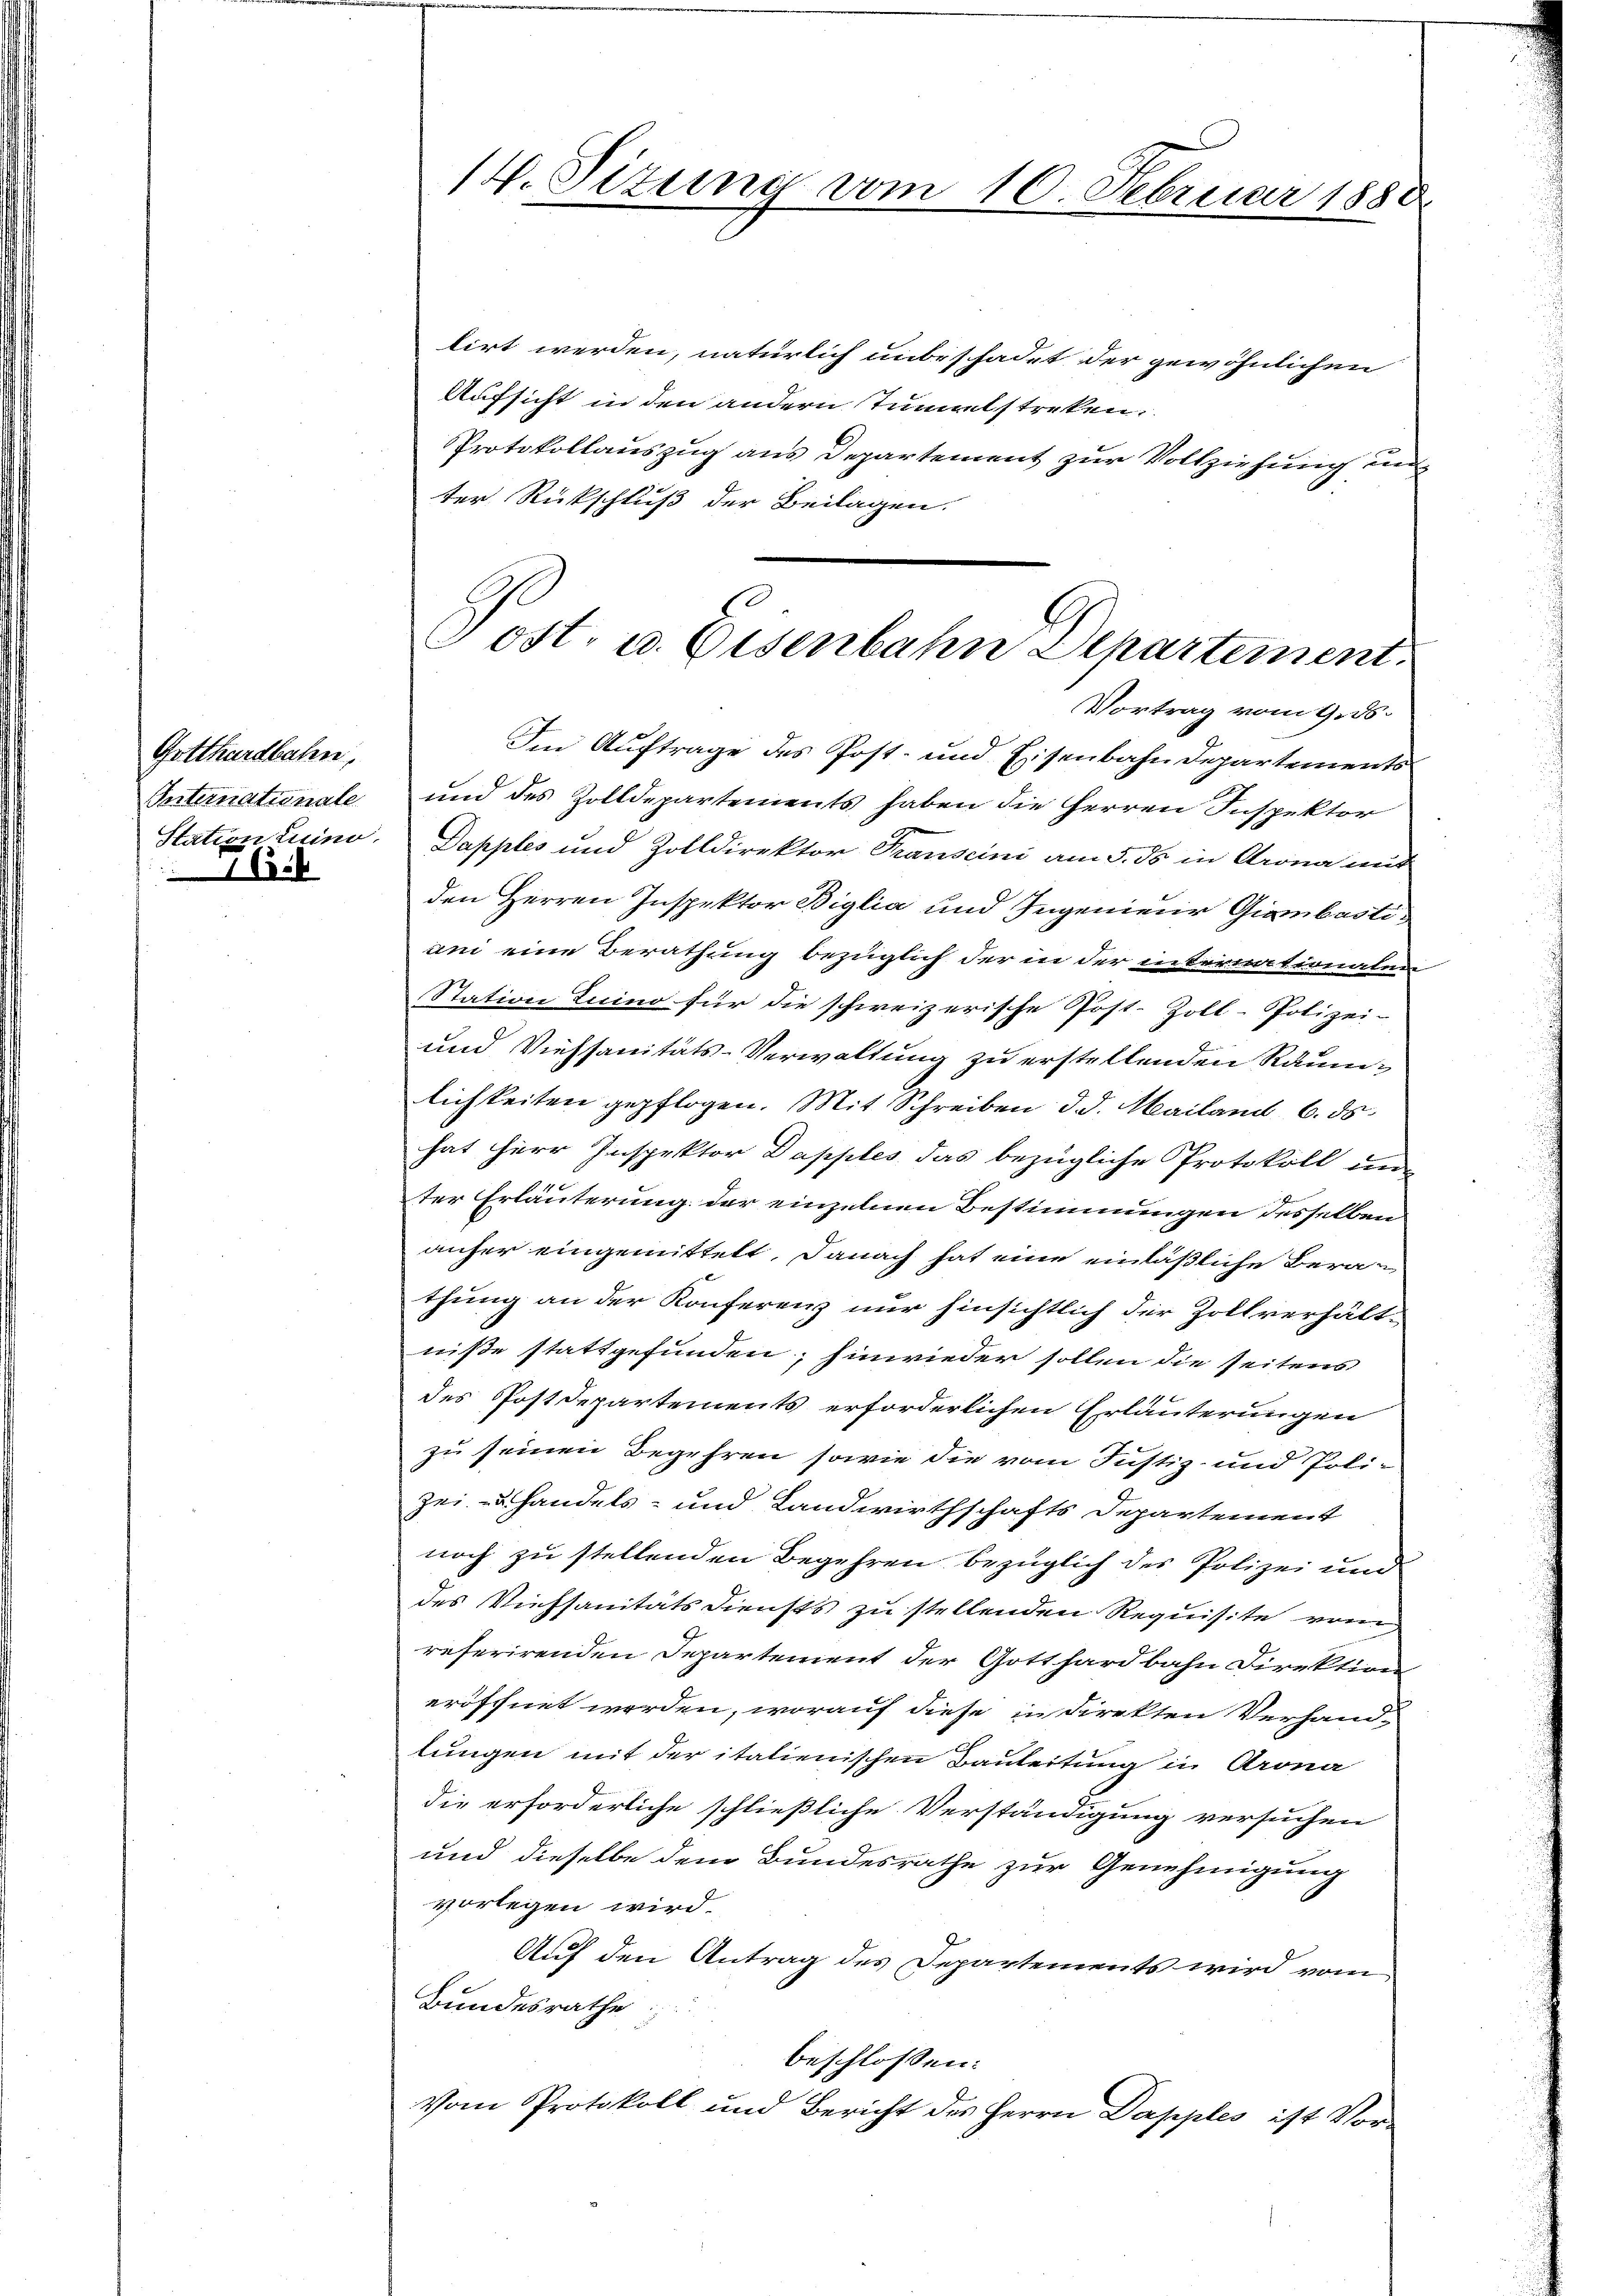
Gotthardbahn,
Internatinale.
C.4

lirt werden, natürlich unbeschadet der gewöhnlichen
Aufsicht in den andern Tunnelstreken.
Protokollauszug aus Departement zur Vollziehung un
ter Rückschluß der Beilagen.

14. Situng vom 10. Februar 1880

8.
Tost. u. Eisenbahn Departement.

Vortrag vom 9. ds.
Im Auftrage des Post- und Eisenbahn Departements
und des Zolldepartements haben die Herren Inspektor
Station Luino. Dapples und Zolldirektor Transcini am 5. ds in Krona mit
den Herren Inspektor Biglia und Ingenieur Giambastiani eine Berathung bezüglich der in der internationalen
Station Luino für die schweizerische Post-Zoll-Polizei-
und Viehsanitäts-Verwaltung zu erstellenden Räumlichkeiten gepflogen. Mit Schreiben d. d. Mailand 6. ds.
hat Herr Inspektor Dapples das bezügliche Protokoll un
ter Erläuterung der einzelnen Bestimmungen desselben
anher eingemittelt. Danach hat eine einläßliche Beranthung an der Konferenz nur hinsichtlich der Zollverhält-
niße stattgefunden; hinwieder sollen die seitens
des Postdepartements erforderlichen Erläuterungen
zu seinen Begehren sowie die vom Justiz- und Poli-
zei zu handels- und Landwirthschafts Departement
noch zu stellenden Begehren bezüglich des Polizei und
des Viehsanitäts Diensts zu stellenden Requisite vom
referirenden Departement der Gotthardbahn Direktion
eröffnet worden, worauf diese in direkten Verhand-
lungen mit der italienischen Bauleitung in Arona
die erforderliche schließliche Verständigung versuchen
und dieselbe dem Bundesrathe zur Genehmigung
vorlegen wird.
Auf den Antrag des Departements wird vom
Bundesrathe
beschlossen:
Vom Protokoll und Bericht des Herrn Dapples ist Vor¬